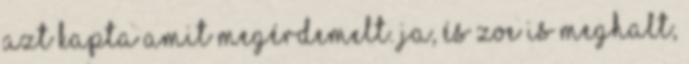
azt kapta amit megérdemelt. Ja, és Zoe is meghalt,